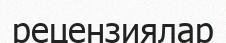
рецензиялар